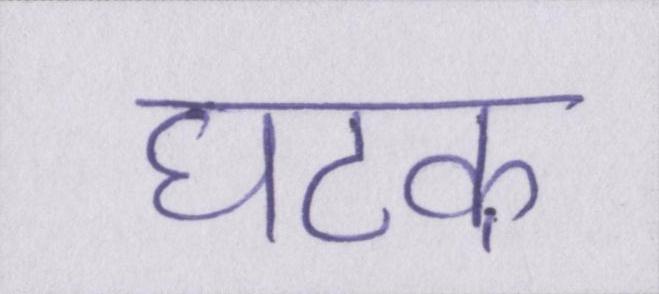
घटक